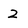
Character: 2